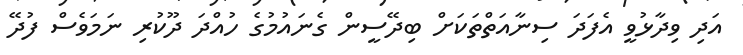
އަދި ވިދާޅުވީ އެފަދަ ސިނާއަތްތަކަށް ބިދޭސީން ގެނައުމުގެ ހުއްދަ ދޫކުރި ނަމަވެސް ފުދޭ